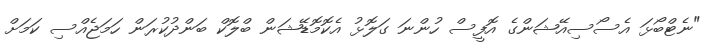
"ނެޓްބޯޅަ އެސޯސިއޭޝަންގެ އޮފީސް ހުންނަ ގަލޮޅު އެކޮމޮޑޭޝަން ބްލޮކް ބަންދުކުރަން ހަމަޖެއްސި ކަމަށް